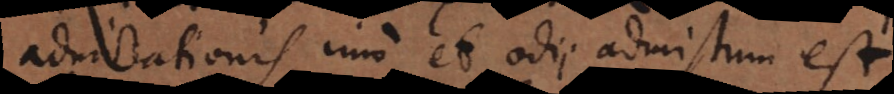
dmirationis, imo et odii admistum est